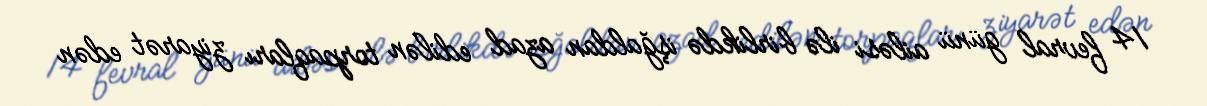
14 fevral günü ailəsi ilə birlikdə işğaldan azad edilən torpaqları ziyarət edən